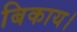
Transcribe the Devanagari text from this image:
बिकाय।